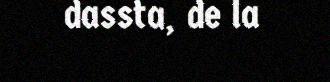
dassta, de la